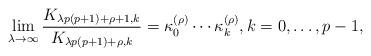
LaTeX: \begin{align*}\lim_{\lambda \to \infty}\frac{K_{\lambda p(p+1)+\rho+1,k}}{K_{\lambda p(p+1)+\rho,k}}= \kappa_0^{(\rho)}\cdots\kappa_k^{(\rho)}, k=0,\ldots,p-1,\end{align*}